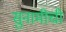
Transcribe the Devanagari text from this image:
सुनामीची